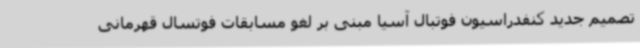
تصمیم جدید کنفدراسیون فوتبال آسیا مبنی بر لغو مسابقات فوتسال قهرمانی